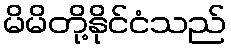
မိမိတို့နိုင်ငံသည်